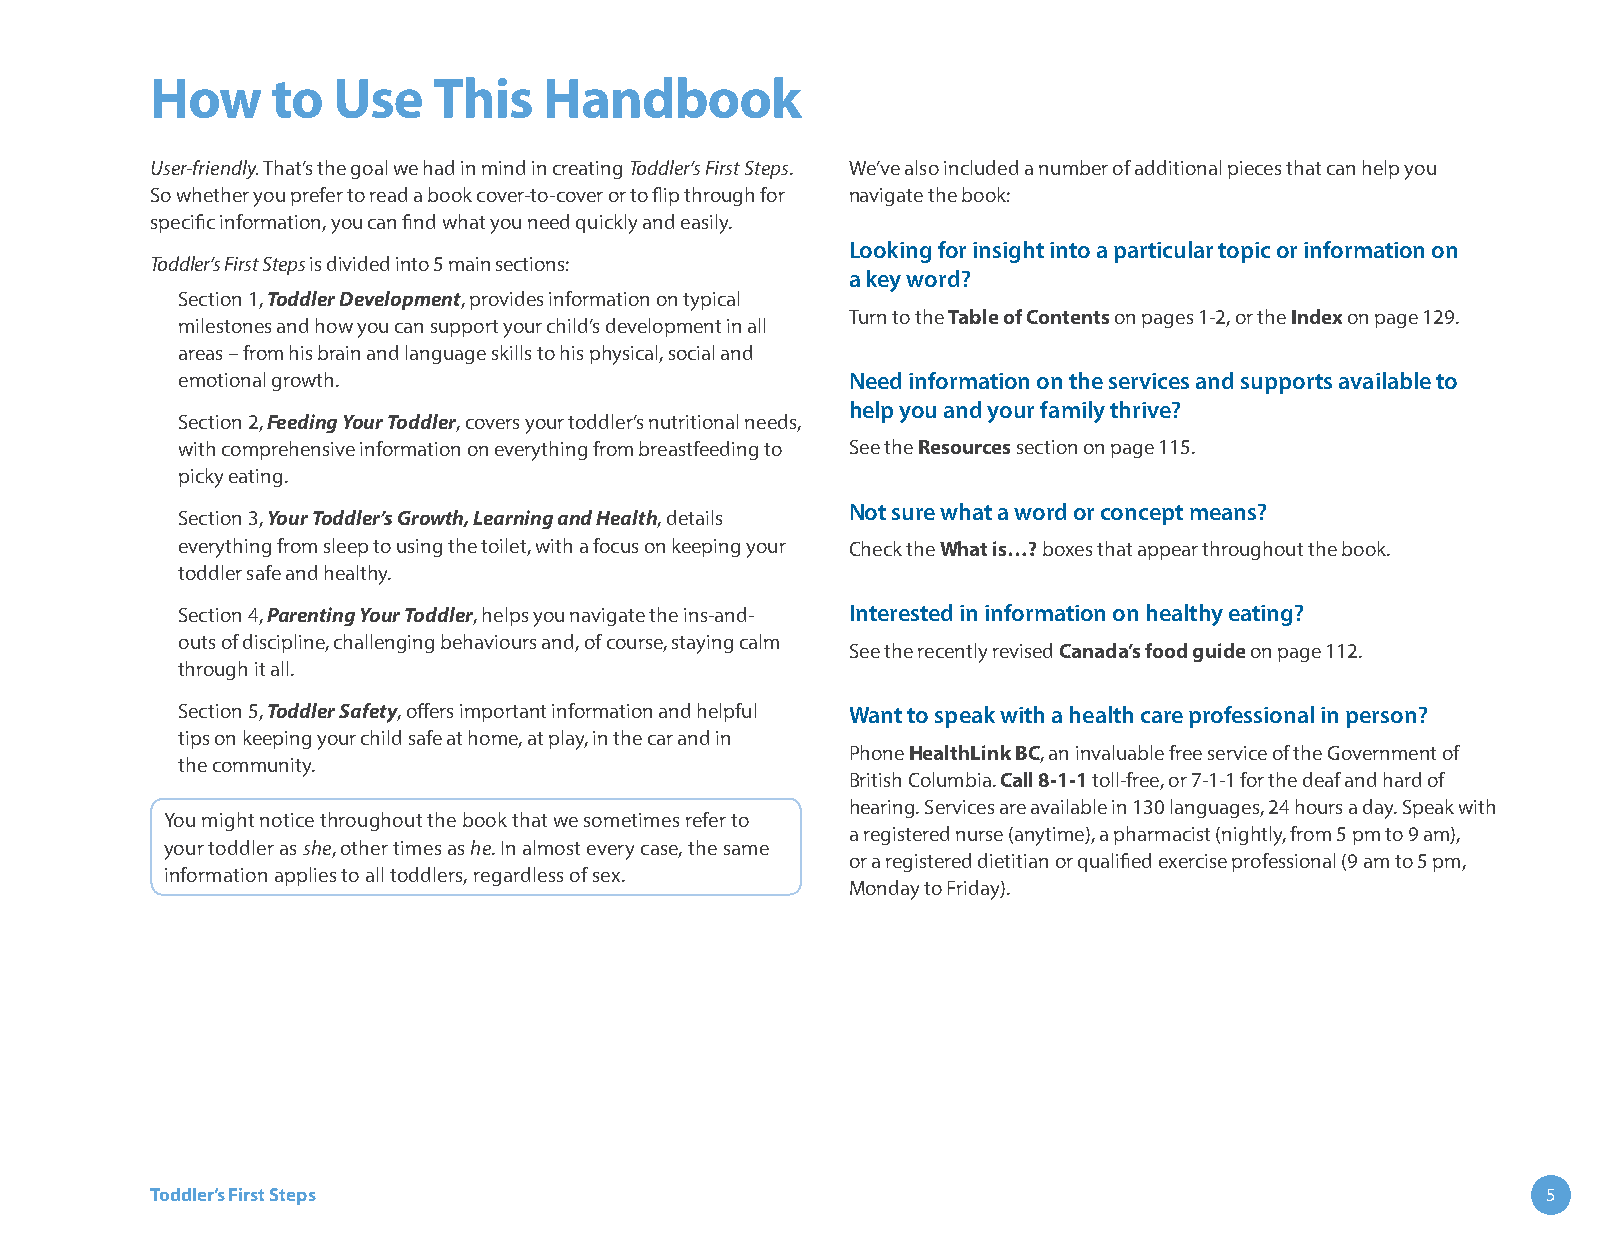
How     to  Use    This   Handbook
 User-friendly. That’s the goal we had in mind in creating Toddler’s First Steps. We’ve also included a number of additional pieces that can help you
 So whether you prefer to read a book cover-to-cover or to flip through for navigate the book:
 specific information, you can find what you need quickly and easily.
 Looking for insight into a particular topic or information on
 Toddler’s First Steps is divided into 5 main sections:
 a key word?
 Section 1, Toddler Development, provides information on typical
 Turn to the Table of Contents on pages 1-2, or the Index on page 129.
 milestones and how you can support your child’s development in all
 areas – from his brain and language skills to his physical, social and
 emotional growth.                           Need information on the services and supports available to
 help you and your family thrive?
 Section 2, Feeding Your Toddler, covers your toddler’s nutritional needs,
 with comprehensive information on everything from breastfeeding to See the Resources section on page 115.
 picky eating.
 Not sure what a word or concept means?
 Section 3, Your Toddler’s Growth, Learning and Health, details
 everything from sleep to using the toilet, with a focus on keeping your Check the What is…? boxes that appear throughout the book.
 toddler safe and healthy.
 Section 4, Parenting Your Toddler, helps you navigate the ins-and- Interested in information on healthy eating?
 outs of discipline, challenging behaviours and, of course, staying calm
 See the recently revised Canada’s food guide on page 112.
 through it all.
 Section 5, Toddler Safety, offers important information and helpful Want to speak with a health care professional in person?
 tips on keeping your child safe at home, at play, in the car and in
 Phone HealthLink BC, an invaluable free service of the Government of
 the community.
 British Columbia. Call 8-1-1 toll-free, or 7-1-1 for the deaf and hard of
 hearing. Services are available in 130 languages, 24 hours a day. Speak with
 You might notice throughout the book that we sometimes refer to
 a registered nurse (anytime), a pharmacist (nightly, from 5 pm to 9 am),
 your toddler as she, other times as he. In almost every case, the same
 or a registered dietitian or qualified exercise professional (9 am to 5 pm,
 information applies to all toddlers, regardless of sex.
 Monday to Friday).
 Toddler’s First Steps                                                                       5